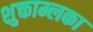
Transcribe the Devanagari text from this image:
शुक्ताम्लका